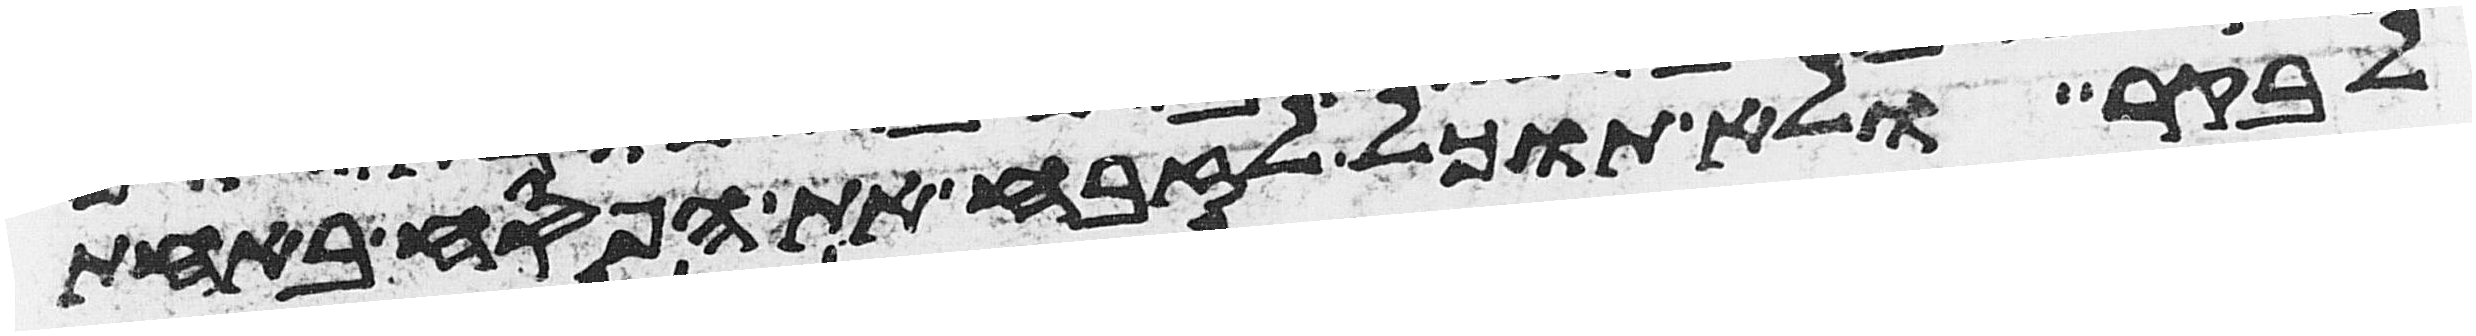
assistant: לבקר ולא תוכל לזבח את הפסח באחת